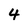
Character: 4